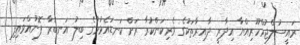
ރައީސުލްޖުމްހޫރިއްޔާ އިދާރީ ދާއިރާތަކުގެ ވެރިކަންކުރާ ރަށް ކަނޑައެޅުމުގެ ބިލު އަނބުރާ ފޮނުއްވައިފި